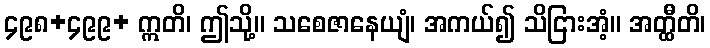
၄၉၈+၄၉၉+ ဣတိ၊ ဤသို့။ သစေဇာနေယျံ၊ အကယ်၍ သိငြားအံ့။ အတ္ထီတိ၊